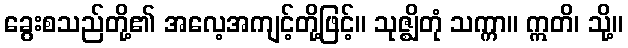
ခွေးစသည်တို့၏ အလေ့အကျင့်တို့ဖြင့်။ သုဇ္ဈိတုံ သက္ကာ။ ဣတိ၊ သို့။